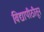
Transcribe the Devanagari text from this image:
विद्यापीठीतून